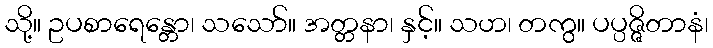
သို့။ ဥပစာရေန္တော၊ သသော်။ အတ္တနာ၊ နှင့်။ သဟ၊ တကွ။ ပပ္ပဇ္ဇိတာနံ၊